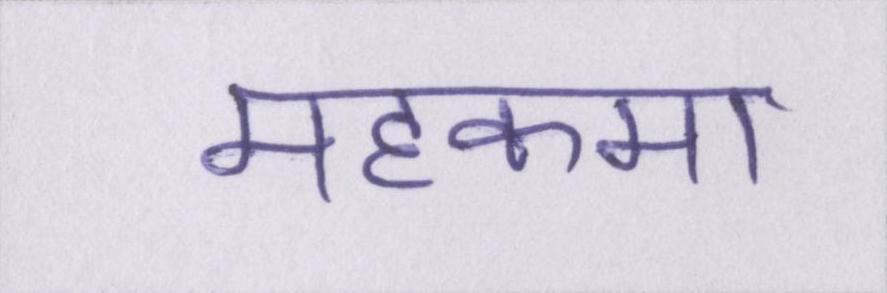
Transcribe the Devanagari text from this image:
महकमा